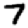
Digit: 7